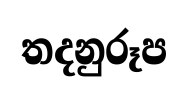
තදනුරූප